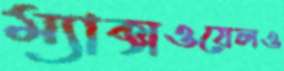
ম্যাক্সওয়েলও